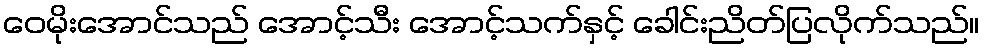
ဝေမိုးအောင်သည် အောင့်သီး အောင့်သက်နှင့် ခေါင်းညိတ်ပြလိုက်သည်။